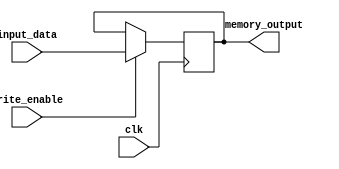
module pKold_prev(clk, input_data, write_enable,memory_output);
	
	parameter number_of_clusters = 1;
	parameter number_of_equations_per_cluster = 9;
	parameter element_width = 32;
	parameter address_width = 20;
	parameter memories_address_width=20;
	
	input wire clk;
	input wire write_enable;
	input wire [element_width*number_of_equations_per_cluster-1:0] input_data;
	
	

	output wire [element_width*number_of_equations_per_cluster-1:0] memory_output;
	
	reg x=0;
	reg [element_width*number_of_equations_per_cluster-1:0] mem [0 : 0];
	// pragma attribute mem ram_block 1
	
	assign memory_output=mem[0];
	
	
	
	always @(posedge clk) 
		begin
			if( write_enable == 1'b1 ) 
				begin
					mem[0] <= input_data; 
				end

			end
			
	

endmodule